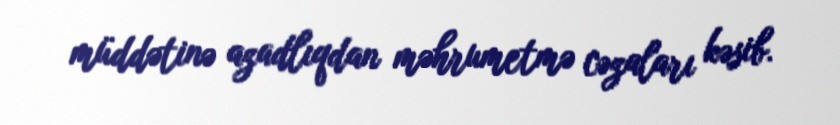
müddətinə azadlıqdan məhrumetmə cəzaları kəsib.